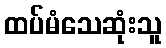
ထပ်မံသေဆုံးသူ